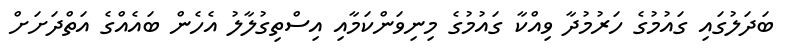
ބަދަލުގައި ގައުމުގެ ހަރުމުދާ ވިއްކާ ގައުމުގެ މިނިވަންކަމާއި އިސްތިގުލާލު އެހެން ބައެއްގެ އަތްދަށަށް